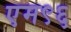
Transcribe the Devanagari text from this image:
एम९६